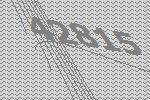
42815